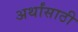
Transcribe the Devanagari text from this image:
अर्थांसाठी